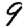
Digit: 9